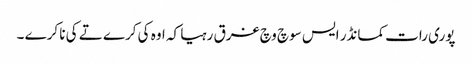
پوری رات کمانڈر ایس سوچ وچ غرق رہیا کہ اوہ کی کرے تے کی نا کرے ۔